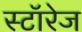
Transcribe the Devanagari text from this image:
स्टॉरेज